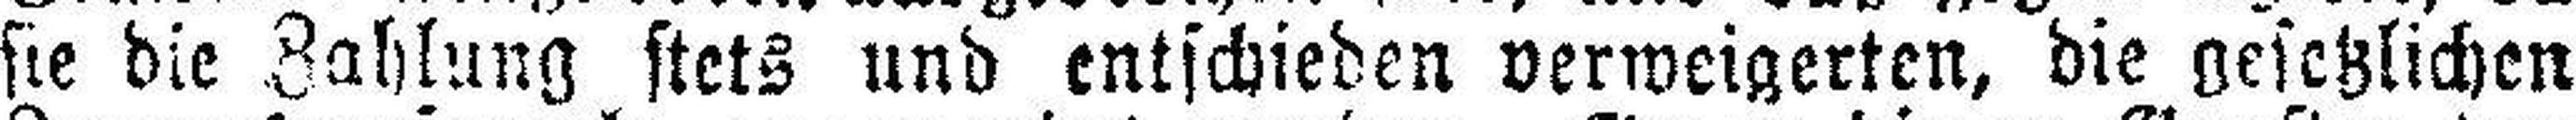
sie die Zahlung stets und entschieden verweigerten, die gesetzlichen